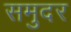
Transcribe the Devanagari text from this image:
समुदर